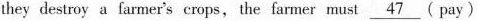
they destroy a farmer's crops, the farmer must \underline{47} ( pay)